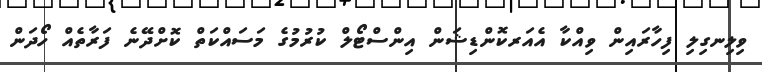
ވިލިނގިލި ފިހާރައިން ވިއްކާ އެއަރކޮންޑިޝަން އިންސްޓޯލް ކުރުމުގެ މަސައްކަތް ކޮށްދޭނެ ފަރާތެއް ހޯދަން